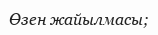
Өзен жайылмасы;